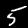
Digit: 5